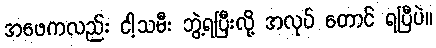
အဖေကလည်း ငါ့သမီး ဘွဲ့ရပြီးလို့ အလုပ် တောင် ရပြီပဲ။